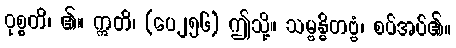
ဝုစ္စတိ၊ ၏။ ဣတိ၊ (ပေ၂၅၆) ဤသို့။ သမ္ဗန္ဓိတဗ္ဗံ၊ စပ်အပ်၏။